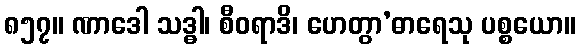
၈၅၇။ ဏာဒေါ သဒ္ဓါ၊ စီဝရာဒိ၊ ဟေတွာ’ဓာရေသု ပစ္စယော။